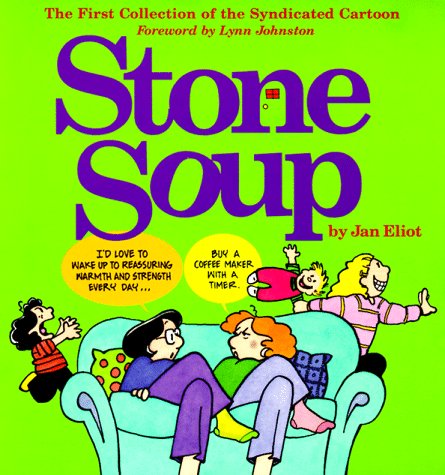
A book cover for Stone Soup: The First Collection of the Syndicated Cartoon; Jan Eliot; Parenting & Relationships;